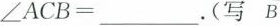
$$∠ A C B = ____$$。(写